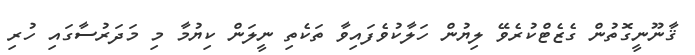
ޤާނޫނީގޮތުން ގެޒެޓްކުރެވޭ ލިޔުން ހަލާކުވެފައިވާ ތަކެތި ނީލަން ކިޔުމާ މި މަދަރުސާގައި ހުރި